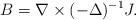
LaTeX: \begin{align*}B=\nabla\times (-\Delta)^{-1} J.\end{align*}